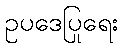
ဥပဒေပြုရေး